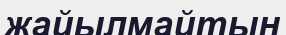
жайылмайтын